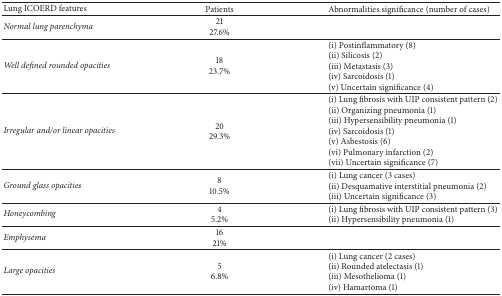
<table><thead><tr><td><b>Lung ICOERD features</b></td><td><b>Patients</b></td><td><b>Abnormalities significance (number of cases)</b></td></tr></thead><tbody><tr><td><i>Normal lung parenchyma</i></td><td>2127.6%</td><td>[EMPTY_CELL]</td></tr><tr><td><i>Well defined rounded opacities</i></td><td>1823.7%</td><td>(i) Postinflammatory (8)(ii) Silicosis (2)(iii) Metastasis (3)(iv) Sarcoidosis (1)(v) Uncertain significance (4)</td></tr><tr><td><i>Irregular and/or linear opacities</i></td><td>2029.3%</td><td>(i) Lung fibrosis with UIP consistent pattern (2)(ii) Organizing pneumonia (1)(iii) Hypersensibility pneumonia (1)(iv) Sarcoidosis (1)(v) Asbestosis (6)(vi) Pulmonary infarction (2)(vii) Uncertain significance (7)</td></tr><tr><td><i>Ground glass opacities</i></td><td>810.5%</td><td>(i) Lung cancer (3 cases)(ii) Desquamative interstitial pneumonia (2)(iii) Uncertain significance (3)</td></tr><tr><td><i>Honeycombing</i></td><td>45.2%</td><td>(i) Lung fibrosis with UIP consistent pattern (3)(ii) Hypersensibility pneumonia (1)</td></tr><tr><td><i>Emphysema</i></td><td>1621%</td><td>[EMPTY_CELL]</td></tr><tr><td><i>Large opacities</i></td><td>56.8%</td><td>(i) Lung cancer (2 cases)(ii) Rounded atelectasis (1)(iii) Mesothelioma (1)(iv) Hamartoma (1)</td></tr></tbody></table>